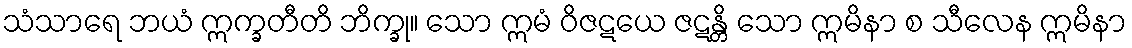
သံသာရေ ဘယံ ဣက္ခတီတိ ဘိက္ခု။ သော ဣမံ ဝိဇဋယေ ဇဋန္တိ သော ဣမိနာ စ သီလေန ဣမိနာ